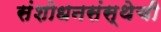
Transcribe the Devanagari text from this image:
संशोधनसंस्थेची